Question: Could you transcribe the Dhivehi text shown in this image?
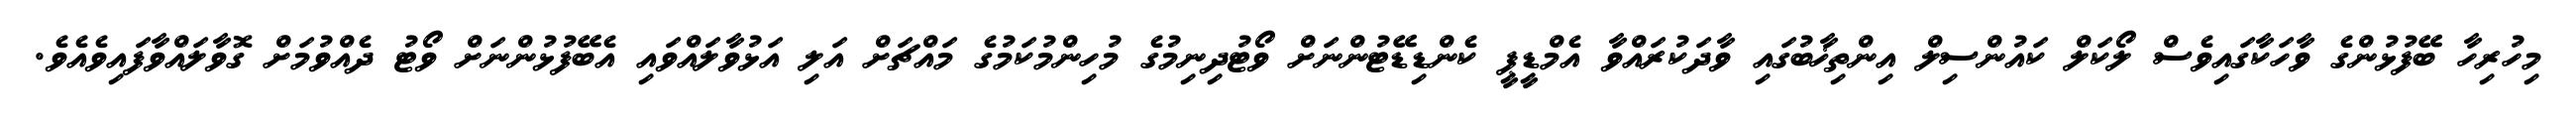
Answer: މިހުރިހާ ބޭފުޅުންގެ ވާހަކާގައިވެސް ލޯކަލް ކައުންސިލް އިންތިޚާބުގައި ވާދަކުރައްވާ އެމްޑީޕީ ކެންޑިޑޭޓުންނަށް ވޯޓުދިނިމުގެ މުހިންމުކަމުގެ މައްޗަށް އަލި އަޅުވާލައްވައި އެބޭފުޅުންނަށް ވޯޓު ދެއްވުމަށް ގޮވާލައްވާފައިވެއެވެ.